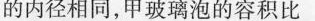
的内径相同，甲玻璃泡的容积比